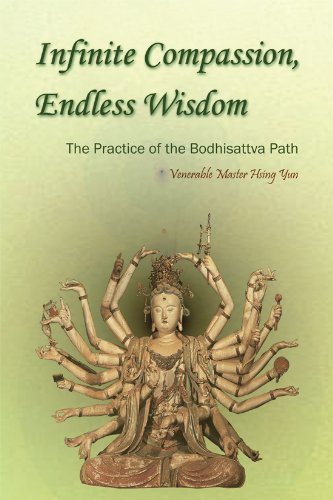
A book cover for Infinite Compassion, Endless Wisdom: The Practice of the Bodhisattva Path; Venerable Master Hsing Yun; Religion & Spirituality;